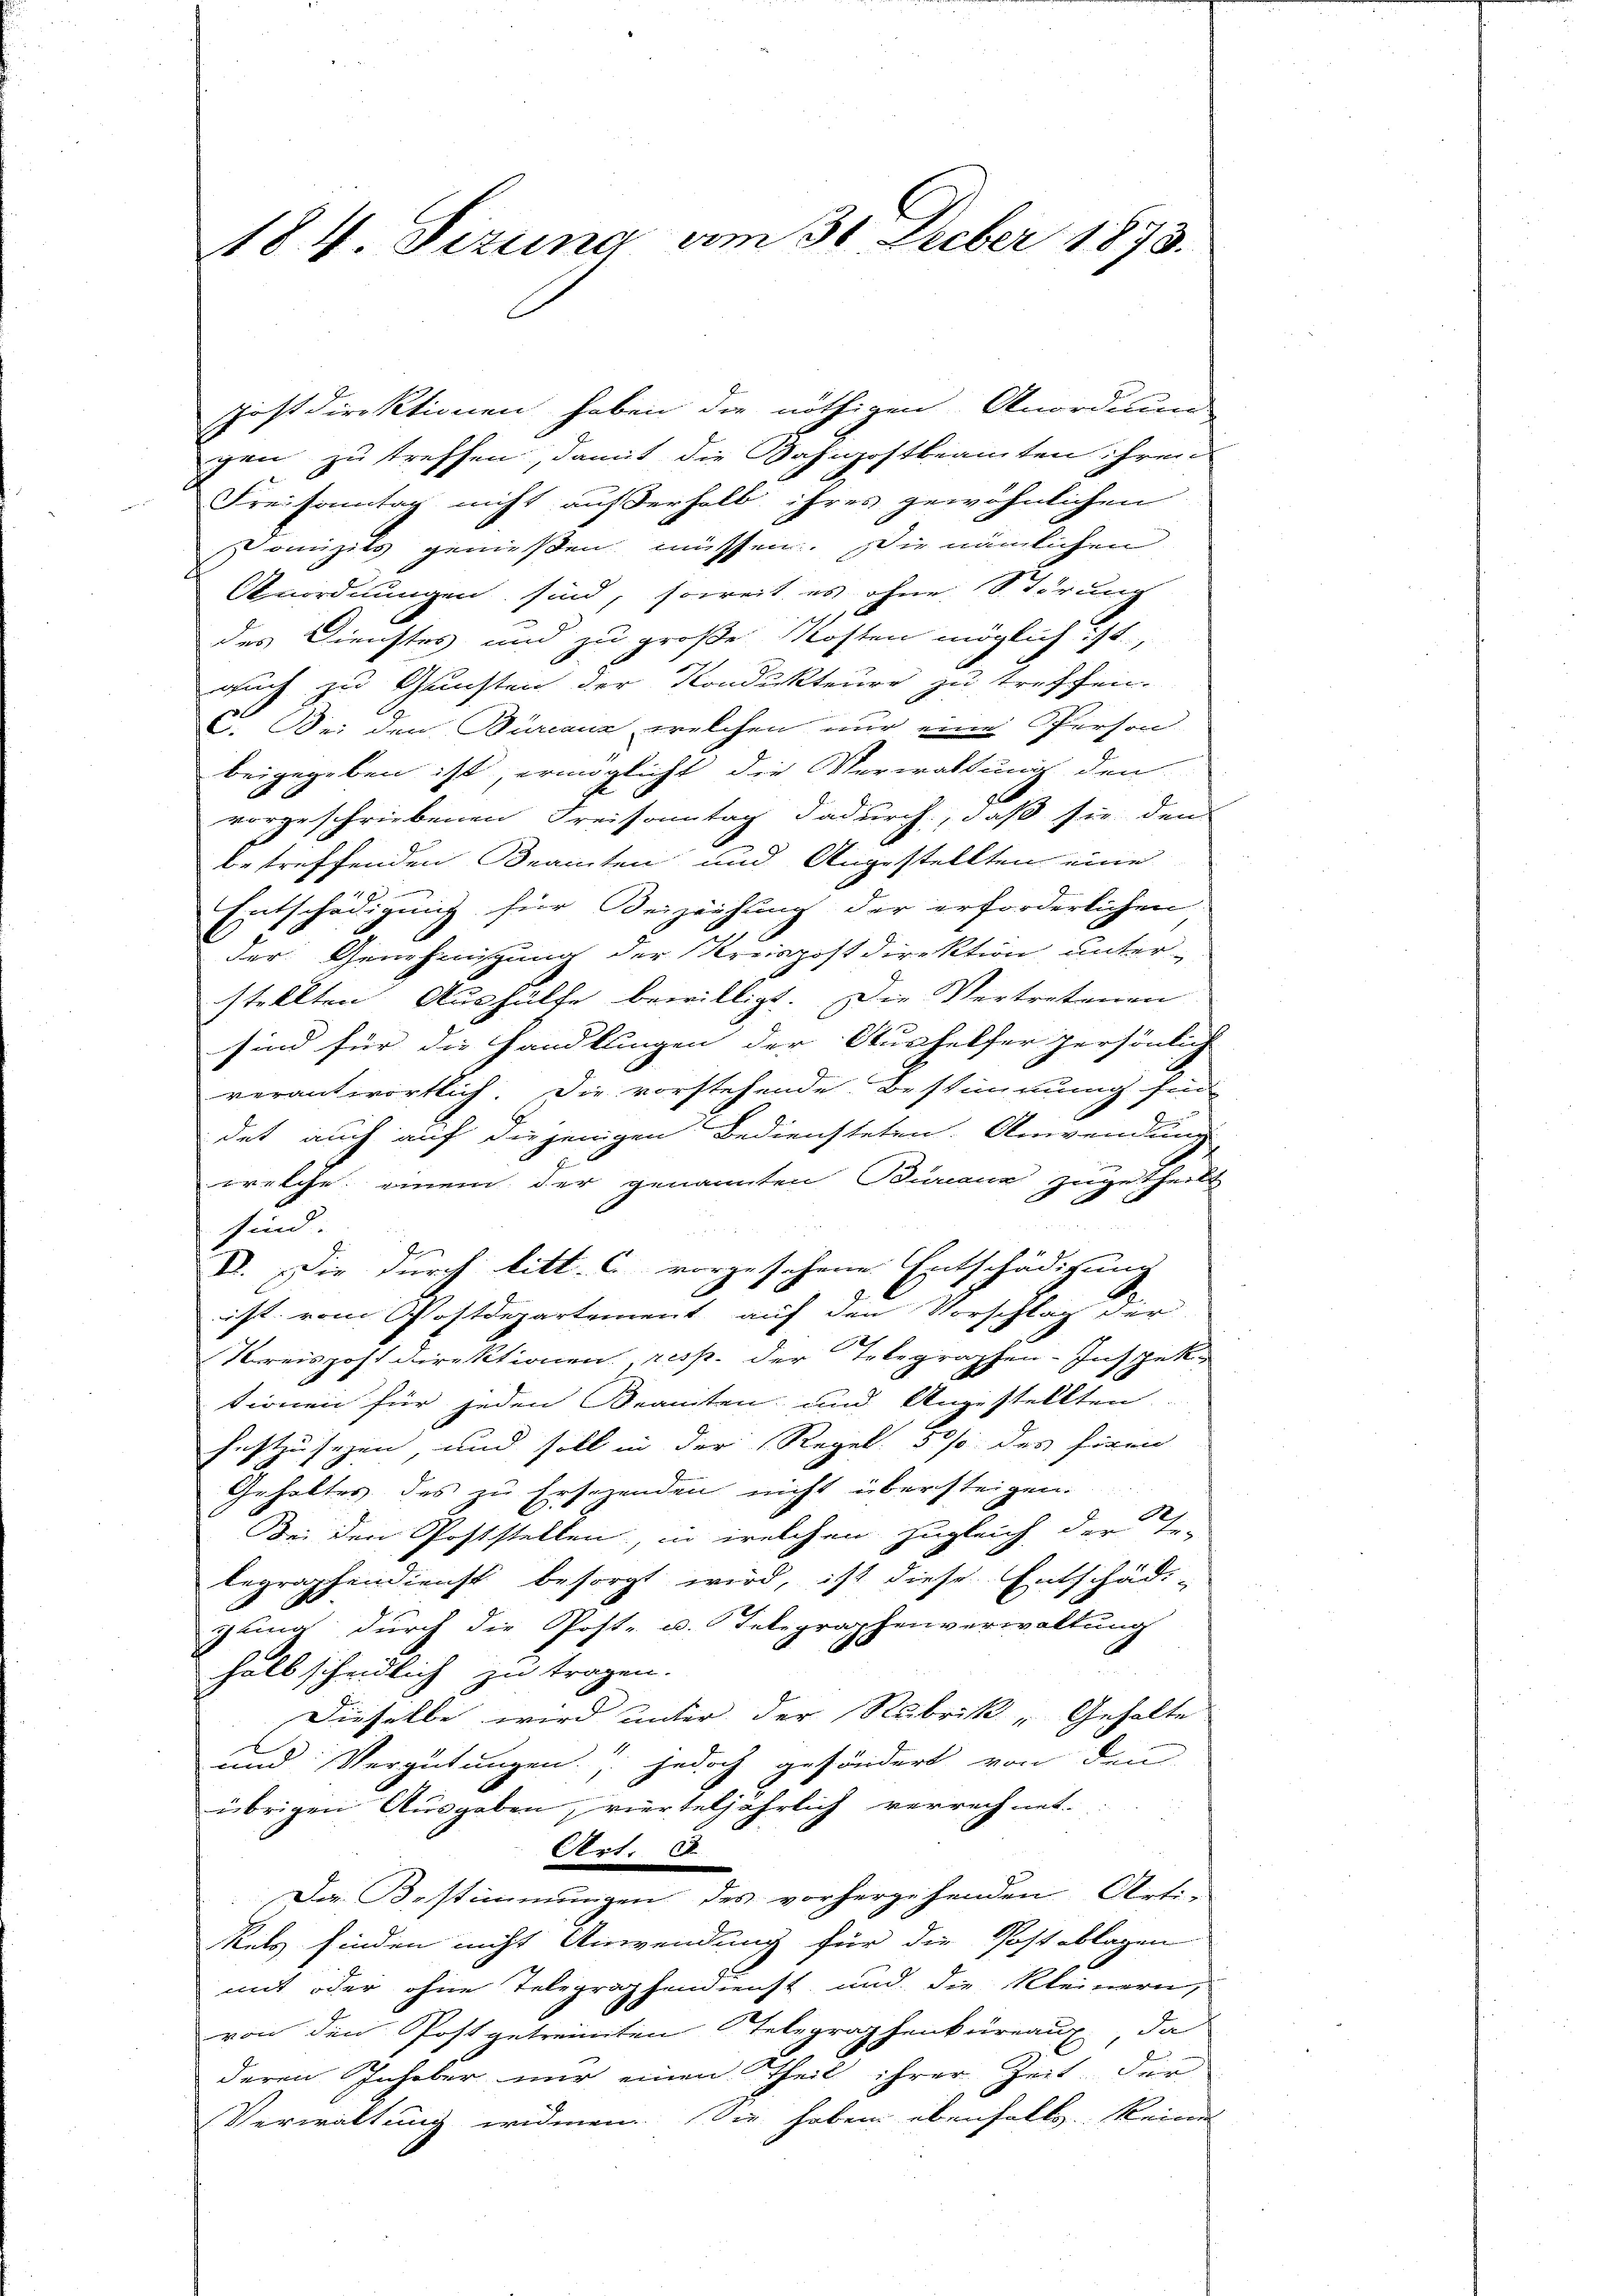
184 Sizung am 31. Decber 1873.

postdirektionen haben die nöthigen Anordnung
gen zu treffen, damit die Bahigostbeamten ihren
Freisamtag nicht außerhalb ihres gewöhnlichen
Pomizils genießen müssen. Die nämlichen
Anordnungen sind, soweit es ohne Störung
des Dienstes und zu große Kosten möglich ist,
auch zu Gunsten der Kondukteure zu treffen.
. Bei den Burcanz, welchen nur eine Person
beigegeben ist, ermöglicht die Verwaltung den
vorgeschriebenen Freisonntag dadurch, daß sie den
betreffenden Beamten und Angestellten eine
Entschädigung für Beizeihung der erforderlichen
der Genehmigung der Kreispostdirektion unter-
stellten Aushülfe bewilligt. Die Vertretenen
sind für die Handlungen der Aushelfer persönlich
verantwortlich. Die vorstehende Bestimmung sin
det auch auf diejenigen Bediensteten. Anwendung
.
welche einem der genannten Bureau zugetheilt
sind.
II. Die durch litt. c. vorgesehene Entschädigung
ist vom Postdepartement auf den Vorschlag der
Kreispost Direktionen resp. der Telegraphen-Inspektionen für jeden Beamten und Angestellten
festzusehen, und soll in der Regel. 5 % des hören
Gehaltes des zu Ersehenden nicht übersteigen.
Bei den Poststellen, in welchen zugleich der Te-
begraphendienst besorgt wird, ist diese Entschädi-
gung durch die Post- u. Telegraphenverwaltung

halb scheidlich zu tragen.
Dieselbe wird unter der Rubrik - Gehalte
und Vergütungen, jedoch gesöndert von den
übrigen Ausgaben, vierteljährlich verrechnet.
Art. E
Der Bestimmungen des vorhergehenden Arti-
kels finden nicht Anwendung für die Postablagen
mit oder ohne Telegraphendienst und die Kleinern,
von den Post getreinten Telegraphenbureaux, da
deren Inhaber nur einen theil ihrer Zeit der
Verwaltung widmen. Sie haben ebenfalls keine